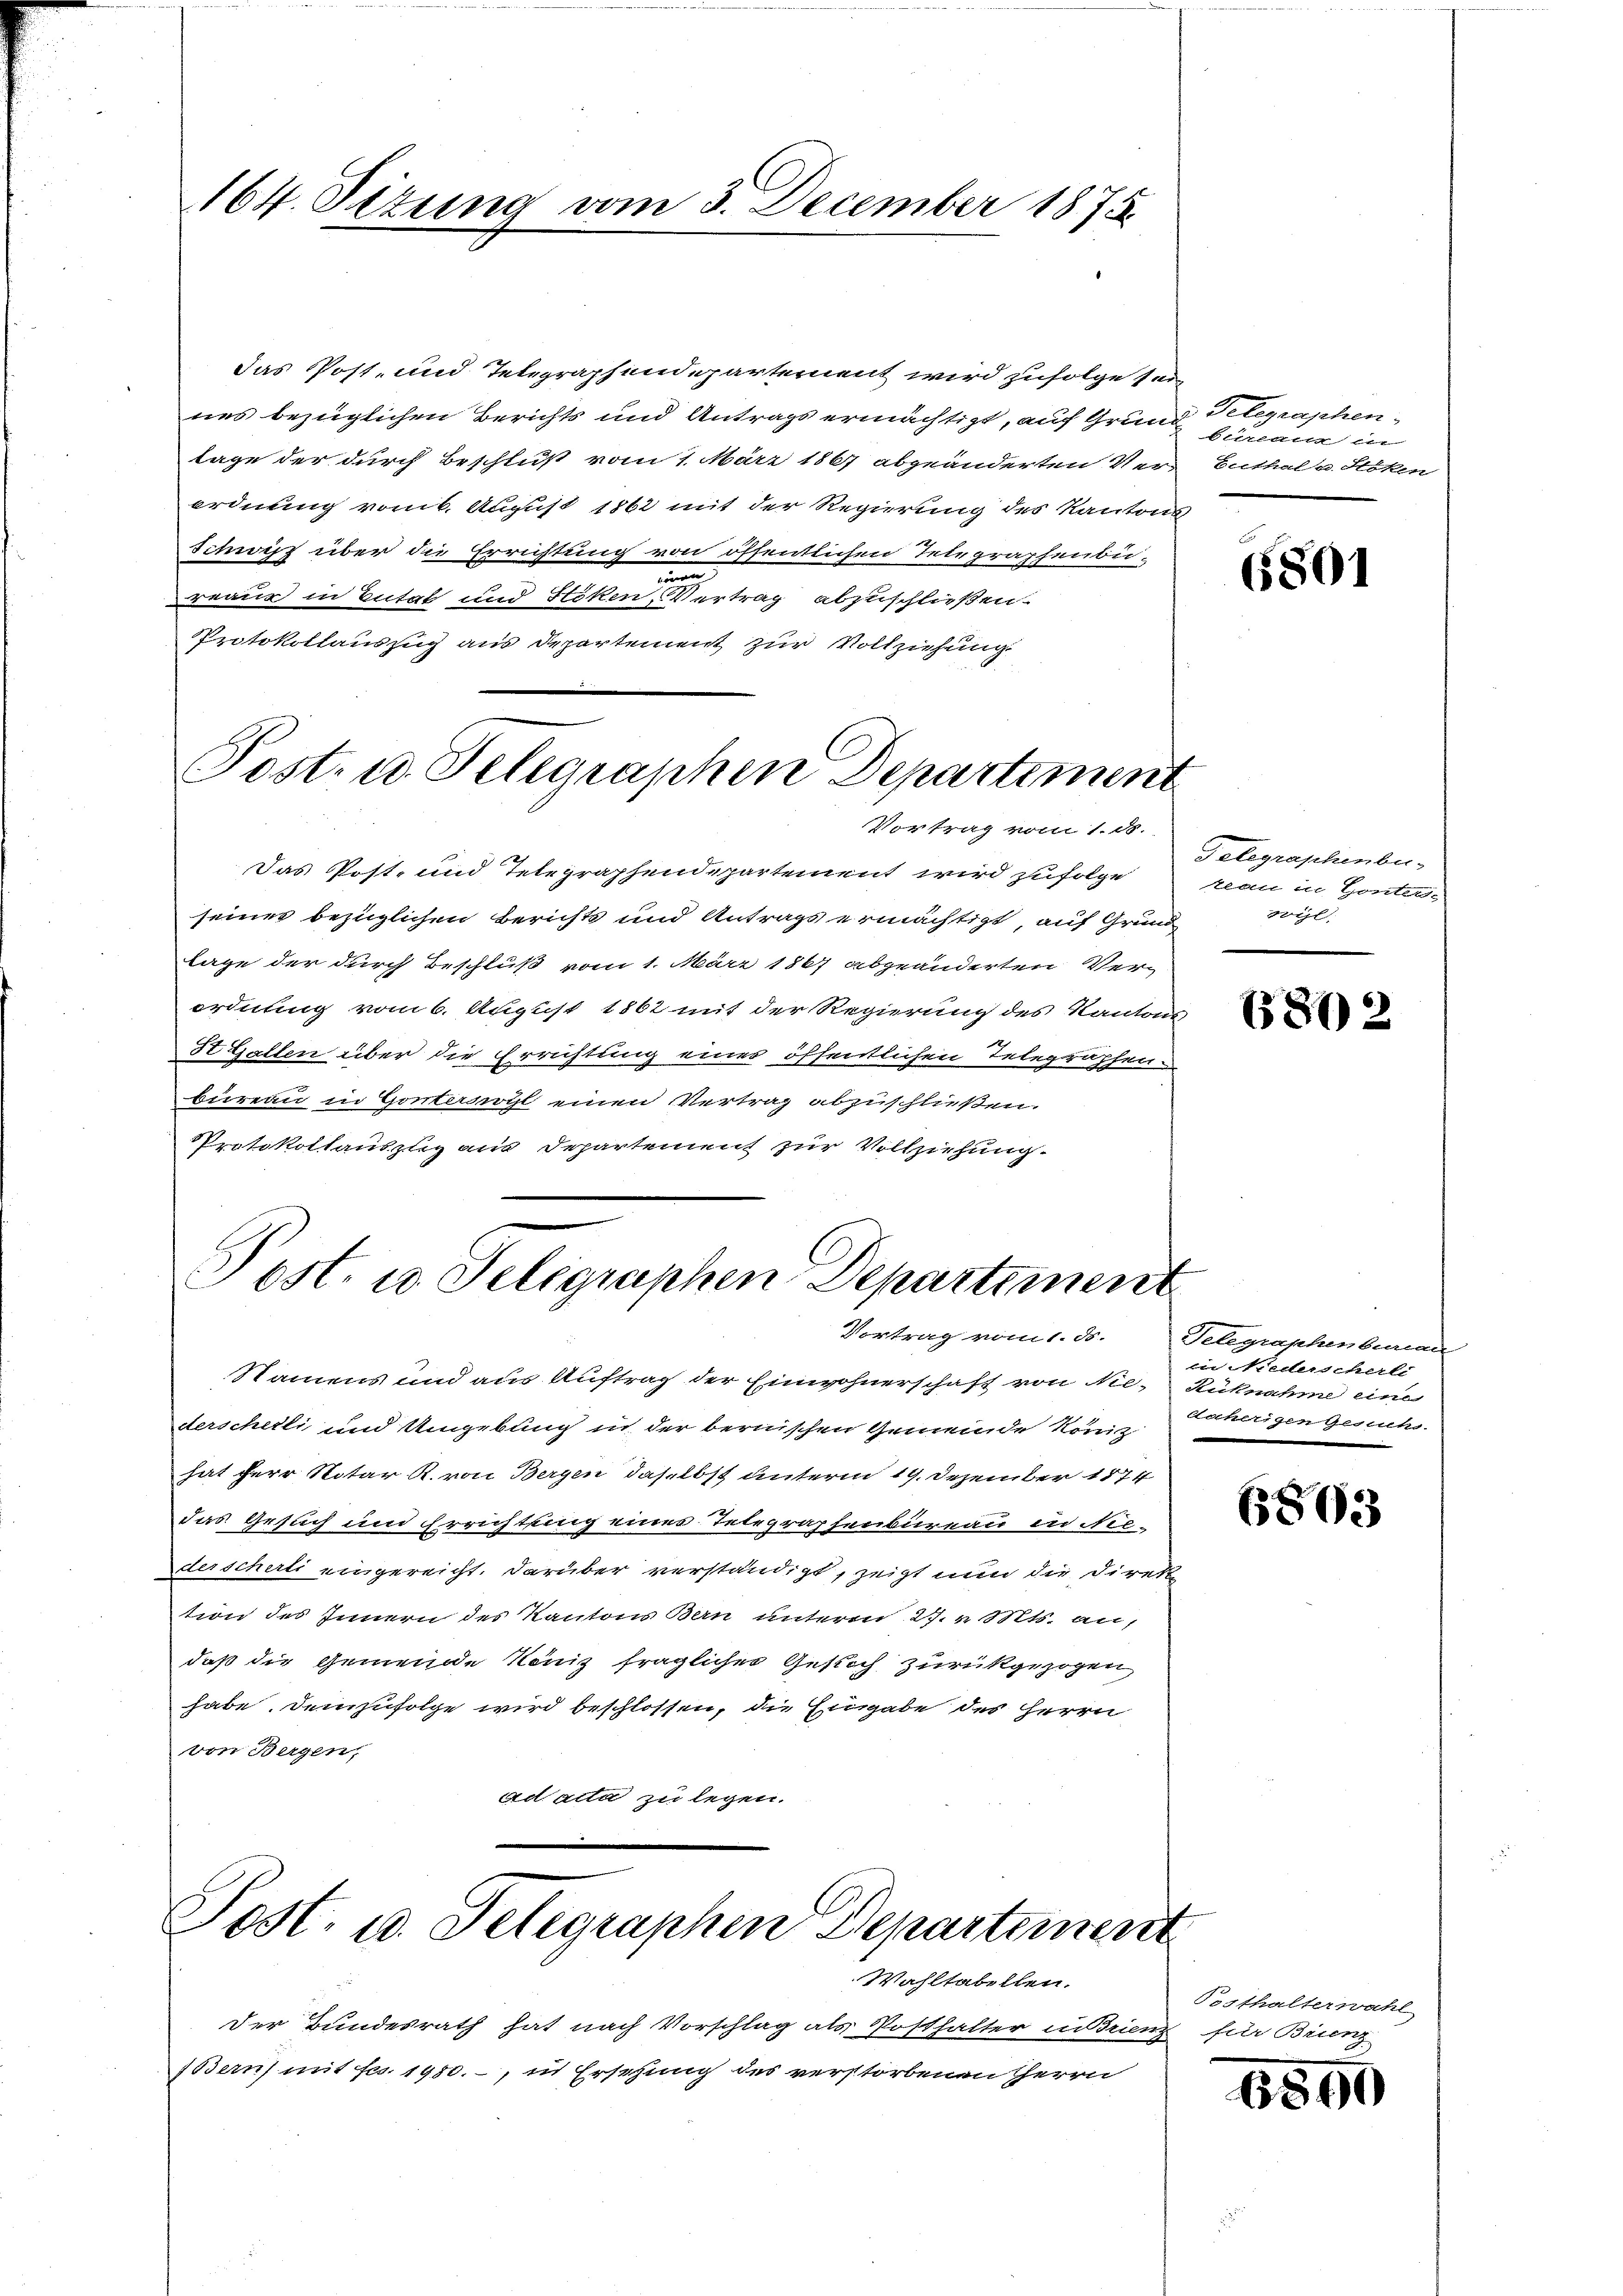
164. Sizung vom 3. December 1875.

das Post- und Telegraphendepartement wird zufolge s.
nes bezüglichen Berichts und Antrags ermächtigt, auf Grun
lage der durch Beschluß vom 1. März 1867 abgeänderten Ver-Enthalt. Stoken
ordnung vom 6. August 1862 mit der Regierung des Kanton
Sinoisp über die Errichtung von öffentlichen Telegraphenbu-
e
reaus in Eutal und Stöken, Vertrag abzuschließen.
Protokollauszug aus Departement zur Vollziehung

Post. 10. Telegraphen Departement
Vortrag vom 1. d.

Post. u. Selegraphen Departemen
Vortrag vom 1. ds.

Der Bundesrath hat nach Vorschlag als Posthalter in Trienz für Brunz
Beruf mit Fr. 1900.-, in Ersehung des verstorbenen Herrn

Post- u. Telegraphen Departeien
Wahltabellen.

Das Post- und Telegraphendepartement wird zufolge
seines bezüglichen Berichts und Antrags ermächtigt, auf Grund
Lage der durch Beschluß vom 1. März 1867 abgeänderten Verordnung vom 6. August 1862 mit der Regierung des Kantons
It Gallen über die Errichtung einer öffentlichen Telegraphen-
Büreau in Gonterswyl einen Vertrag abzuschließen.
Protokollauszug aus Departement zur Vollziehung.

Namens und aus Auftrag der Einwohnerschaft von Niederschetti und Umgebung in der bernischen Gemeinde König
hat für Notar R. von Bergen, daselbst unterm 19. Dezember 1874
das Gesuch und Errichtung einer Telegraphenbureau inde-
derscherli eingereicht. Darüber verständigt, zeigt nun die Direk
tion des Innern des Kanton Bern unterm 27. v. Mts. au
daß die Gemeinde König fraglicher Gesuch zurückgezogen
habe. Demzufolge wird beschlossen, die Eingabe des Herrn
von Bergen,
ad acta zu legen.

f
Telegraphen
f
bimaur in
o

6801

Gelegraphenbu
klau in Gonter-
wöhl.

6872

Telegraphenbemer
iin Niederscherle
Sicknahme eine
fäherigen Gesuchs.

(863

Pesthalterwahl

6890